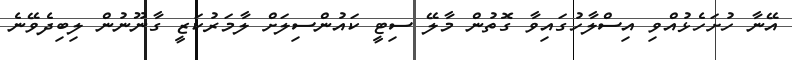
އޭނާ ހުށަހެޅުއްވި އިސްލާހުގައިވާ ގޮތުން މާލޭ ސިޓީ ކައުންސިލަށް ލާމަރުކަޒީ ގާނޫނުން ލިބިދެވޭނެ